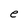
Character: e